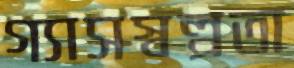
গ্যাসস্বল্পতা